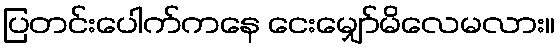
ပြတင်းပေါက်ကနေ ငေးမျှော်မိလေမလား။